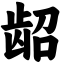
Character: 龆